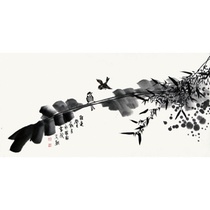
客路相逢难，为乐常不足。